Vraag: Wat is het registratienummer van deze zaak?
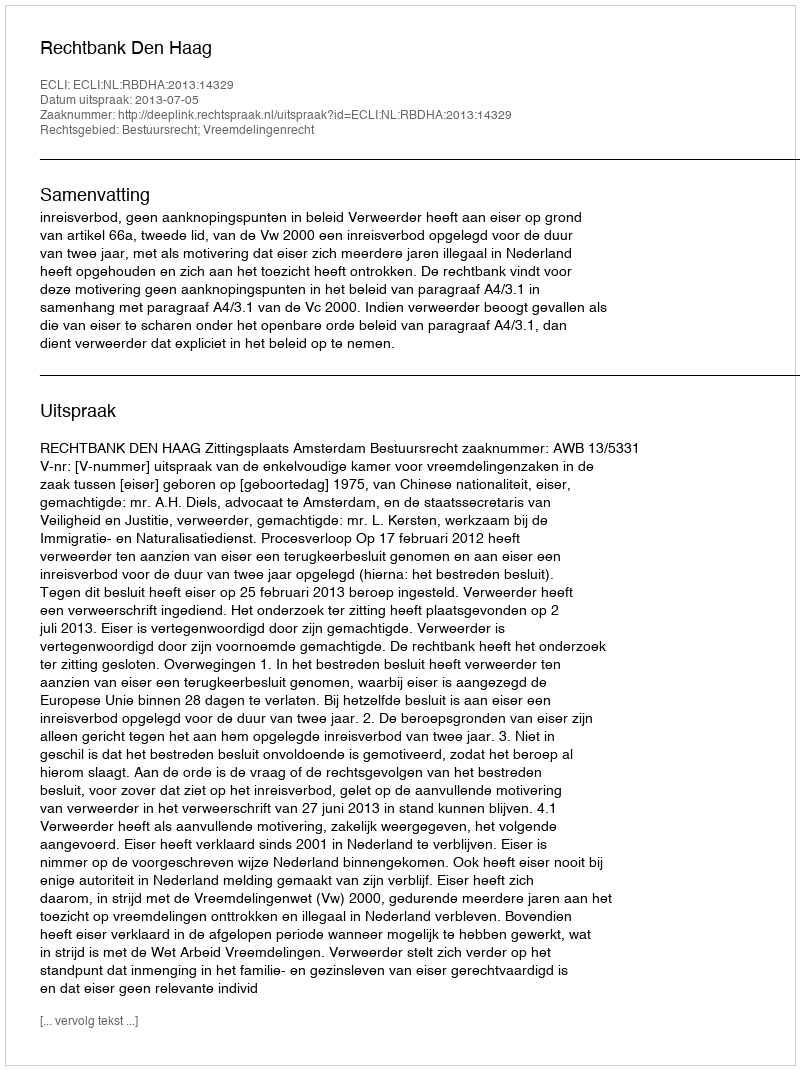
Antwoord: http://deeplink.rechtspraak.nl/uitspraak?id=ECLI:NL:RBDHA:2013:14329